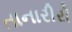
તાનારીરી